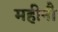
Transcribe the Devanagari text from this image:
महीनौ